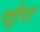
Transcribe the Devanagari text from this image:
पट्टीपर